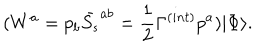
( W ^ { a } = p _ { b } \bar { S _ { s } } ^ { a b } = \frac { 1 } { 2 } \Gamma ^ { ( i n t ) } p ^ { a } ) | \Phi \rangle .